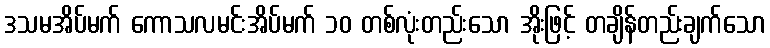
ဒသမအိပ်မက် ကောသလမင်းအိပ်မက် ၁၀ တစ်လုံးတည်းသော အိုးဖြင့် တချိန်တည်းချက်သော